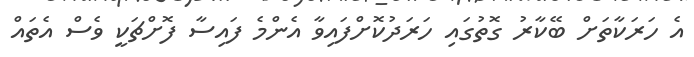
އެ ހަރަކާތަށް ބޭކާރު ގޮތުގައި ހަރަދުކޮށްފައިވާ އެންމެ ފައިސާ ފޮށްޗަކީ ވެސް އެތައް